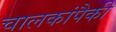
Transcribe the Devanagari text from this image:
चालकांपैकी